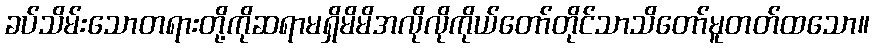
ခပ်သိမ်းသောတရားတို့ကိုဆရာမရှိမိမိအလိုလိုကိုယ်တော်တိုင်သာသိတော်မူတတ်ထသော။